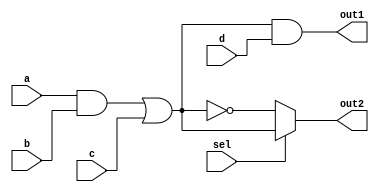
module comb_logic_block (
    input wire a,
    input wire b,
    input wire c,
    input wire d,
    input wire sel, // Multiplexer select line
    output wire out1,
    output wire out2
);

// Shared logic sub-expression
wire shared_logic;
assign shared_logic = a & b | c; // Common sub-expression

// Output 1 using shared logic
assign out1 = shared_logic & d; // out1 = (a & b | c) & d

// Output 2 utilizing multiplexer for different select control
assign out2 = sel ? shared_logic : ~shared_logic; // out2 = sel ? (a & b | c) : ~(a & b | c)

endmodule